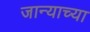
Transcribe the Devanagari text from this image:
जान्याच्या